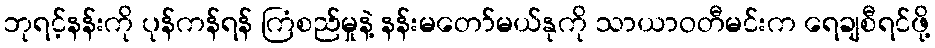
ဘုရင့်နန်းကို ပုန်ကန်ရန် ကြံစည်မှုနဲ့ နန်းမတော်မယ်နုကို သာယာဝတီမင်းက ရေချစီရင်ဖို့